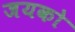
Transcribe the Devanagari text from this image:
जयको